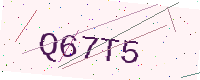
Text: Q67T5